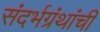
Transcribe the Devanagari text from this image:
संदर्भग्रंथांची